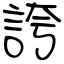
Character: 誇